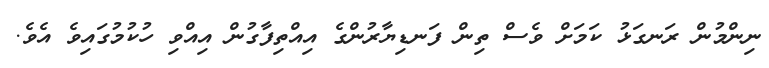
ނިންމުން ރަނގަޅު ކަމަށް ވެސް ތިން ފަނޑިޔާރުންގެ އިއްތިފާގުން އިއްވި ހުކުމުގައިވެ އެވެ.